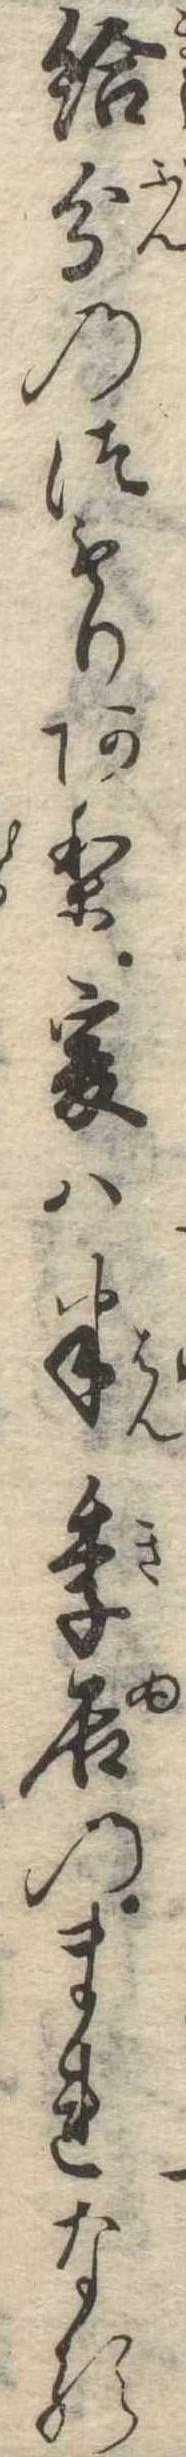
給分のつもりあり爰は半季居のまれなる